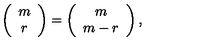
\left( \begin{array} { c } { m } \\ { r } \\ \end{array} \right) = \left( \begin{array} { c } { m } \\ { m - r } \\ \end{array} \right) ,